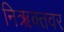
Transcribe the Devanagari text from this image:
निऋक्तवर